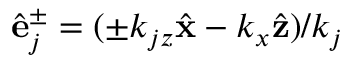
\hat { \bf e } _ { j } ^ { \pm } = ( \pm k _ { j z } \hat { \bf x } - k _ { x } \hat { \bf z } ) / k _ { j }